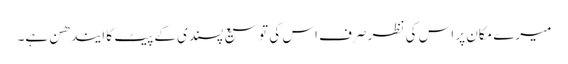
میرے مکان پر اس کی نظر صرف اس کی توسیع پسندی کے پیٹ کا ایندھن ہے۔